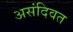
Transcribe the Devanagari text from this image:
असंदिवत